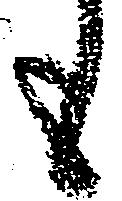
も